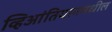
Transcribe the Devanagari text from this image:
व्हिआंतियानमधील